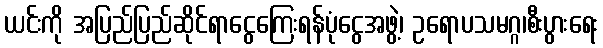
ယင်းကို အပြည်ပြည်ဆိုင်ရာငွေကြေးရန်ပုံငွေအဖွဲ့၊ ဥရောပသမဂ္ဂ၊စီးပွားရေး